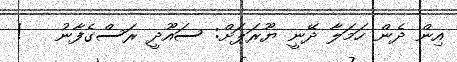
އިން ދެން ހަމަލާ ދޭނީ ޔޫރަޕަށް: ސައޫދީ ރަސްގެފާނު   !